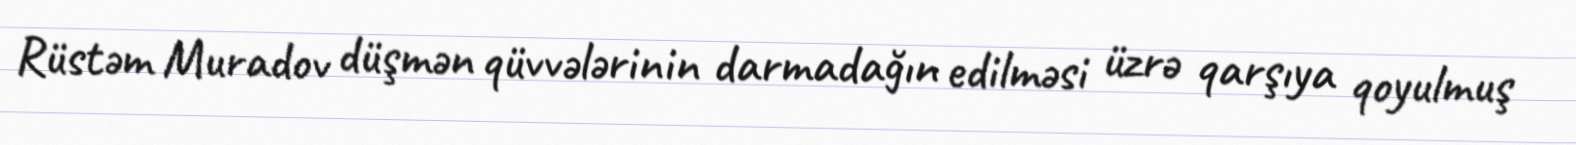
Rüstəm Muradov düşmən qüvvələrinin darmadağın edilməsi üzrə qarşıya qoyulmuş